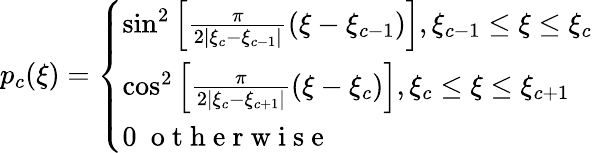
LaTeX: p_{c}(\xi)=\left\{ \begin{array}{ll}{\sin^{2}\left[\frac{\pi}{2|\xi_{c}-\xi_{c-1}|}(\xi-\xi_{c-1})\right],\xi_{c-1}\leq\xi\leq\xi_{c}}\\ {\cos^{2}\left[\frac{\pi}{2|\xi_{c}-\xi_{c+1}|}(\xi-\xi_{c})\right],\xi_{c}\leq\xi\leq\xi_{c+1}}\\ {0\ \mathrm{~o~t~h~e~r~w~i~s~e~}}\end{array}\right.